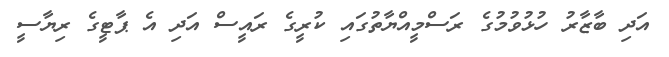
އަދި ބާޒާރު ހުޅުވުމުގެ ރަސްމީއްޔާތުގައި ކުރީގެ ރައީސް އަދި އެ ޕާޓީގެ ރިޔާސީ